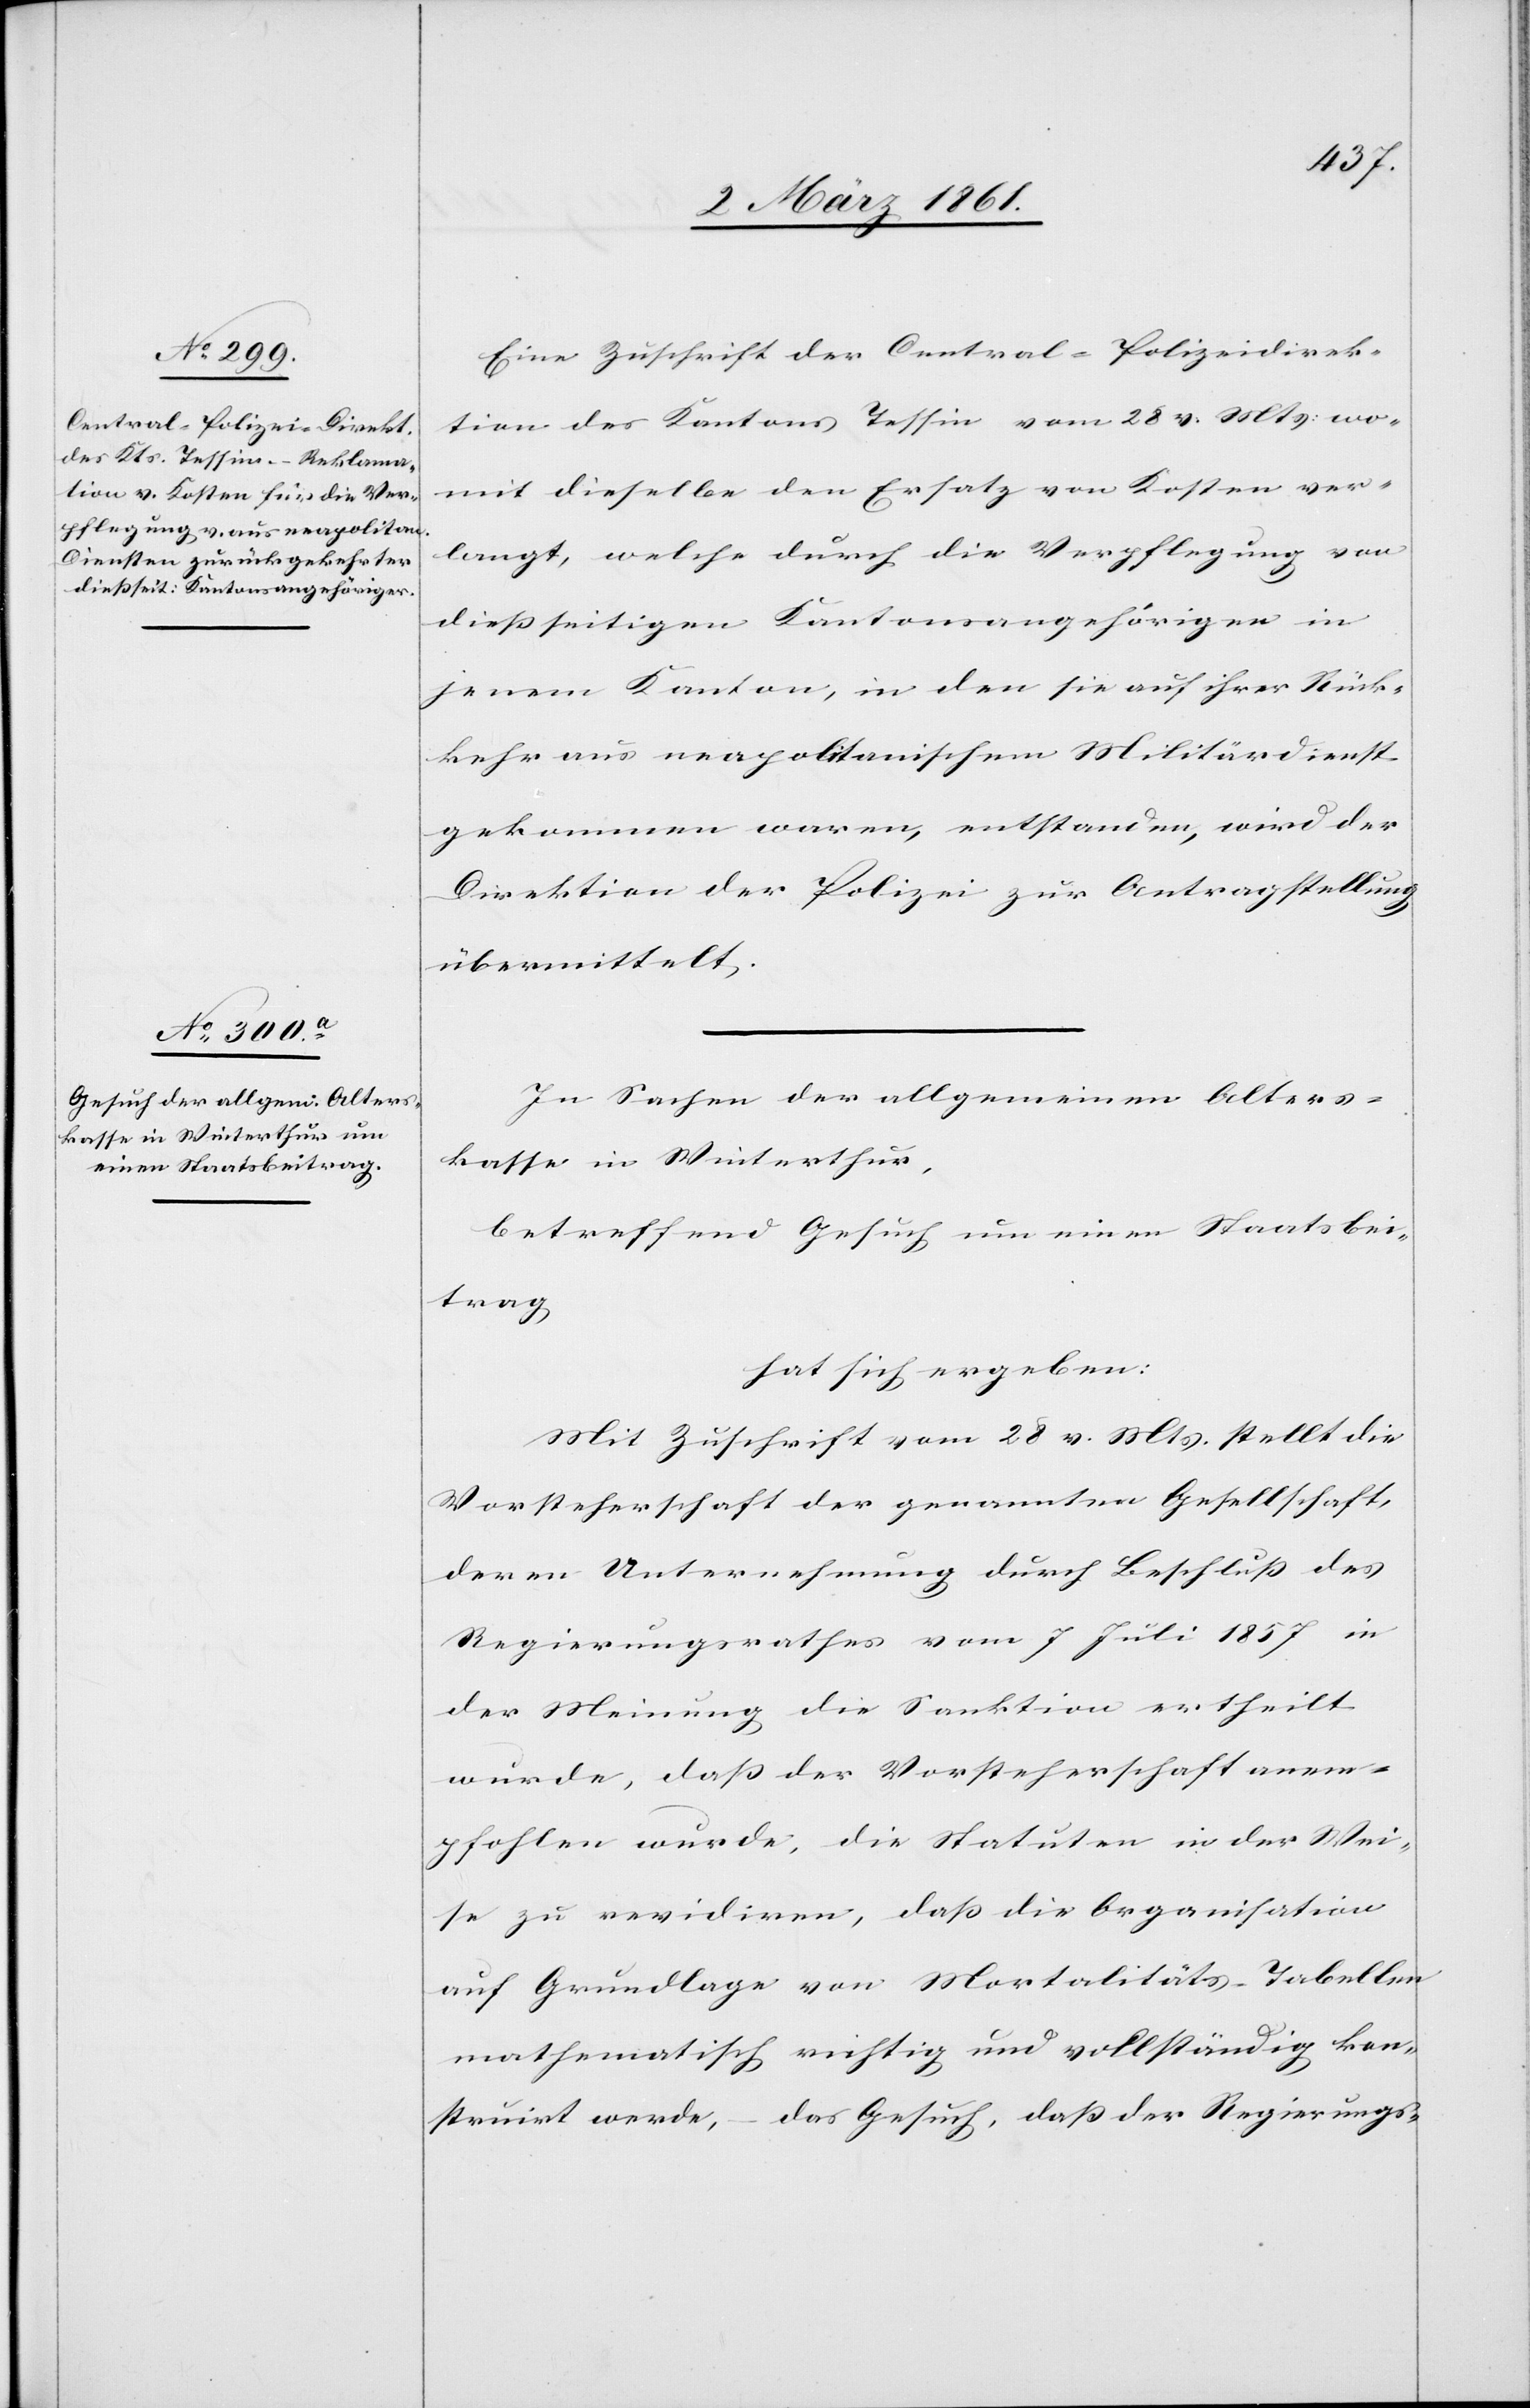
Eine Zuschrift der Central-Polizeidirek¬
tion des Kantons Tessin vom 28 v. Mts. wo¬
mit dieselbe den Ersatz von Kosten ver¬
langt, welche durch die Verpflegung von
diessseitigen Kantonsangehörigen in
jenem Kanton, in den sie auf ihrer Rück¬
kehr aus neapolitanischen Militärdienst
gekommen waren, entstanden, wird der
Direktion der Polizei zur Antragstellung
übermittelt.
In Sachen der allgemeinen Alters¬
kasse in Winterthur,
betreffend Gesuch um einen Staatsbei¬
trag,
hat sich ergeben:
Mit Zuschrift vom 28 v. Mts. stellt die
Vorsteherschaft der genannten Gesellschaft,
deren Unternehmung durch Beschluss des
Regierungsrathes vom 7 Juli 1857 in
der Meinung die Sanktion ertheilt
wurde, dass der Vorsteherschaft anem¬
pfohlen wurde, die Statuten in der Wei¬
se zu revidiren, dass die Organisation
auf Grundlage von Mortalitäts-Tabellen
mathematisch richtig und vollständig kon¬
struirt werde, das Gesuch, dass der Regierungs-